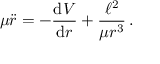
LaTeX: \mu { \ddot { r } } = - { \frac { \mathrm { d } V } { \mathrm { d } r } } + { \frac { \ell ^ { 2 } } { \mu r ^ { 3 } } } \, .